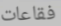
فقاعات